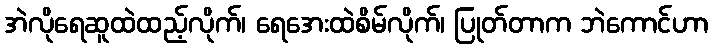
အဲလိုရေဆူထဲထည့်လိုက်၊ ရေအေးထဲစိမ်လိုက်၊ ပြုတ်တာက ဘဲကောင်ဟာ